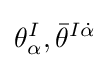
\theta _{\alpha }^{I},{\bar {\theta }}^{I{\dot {\alpha }}}